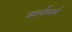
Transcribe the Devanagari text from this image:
कार्यकार्य